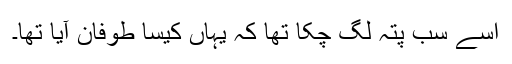
اسے سب پتہ لگ چکا تھا کہ یہاں کیسا طوفان آیا تھا۔